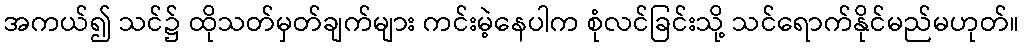
အကယ်၍ သင်၌ ထိုသတ်မှတ်ချက်များ ကင်းမဲ့နေပါက စုံလင်ခြင်းသို့ သင်ရောက်နိုင်မည်မဟုတ်။